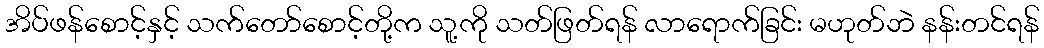
အိပ်ဖန်စောင့်နှင့် သက်တော်စောင့်တို့က သူ့ကို သတ်ဖြတ်ရန် လာရောက်ခြင်း မဟုတ်ဘဲ နန်းတင်ရန်